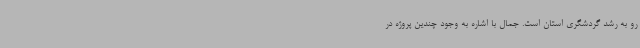
رو به رشد گردشگری استان است. جمال با اشاره به وجود چندین پروژه در